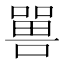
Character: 嘼